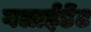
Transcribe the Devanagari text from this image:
गलाईडेंट